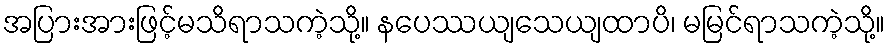
အပြားအားဖြင့်မသိရာသကဲ့သို့။ နပေဿယျသေယျထာပိ၊ မမြင်ရာသကဲ့သို့။